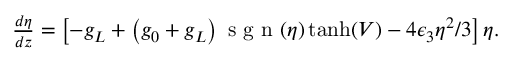
\begin{array} { r } { \frac { d \eta } { d z } = \left[ - g _ { L } + \left( g _ { 0 } + g _ { L } \right) \mathrm { ~ s ~ g ~ n ~ } ( \eta ) \operatorname { t a n h } ( V ) - 4 \epsilon _ { 3 } \eta ^ { 2 } / 3 \right] \eta . } \end{array}